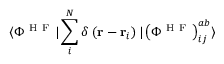
\langle \Phi ^ { \mathrm { ~ H ~ F ~ } } | \sum _ { i } ^ { N } \delta \left( \mathbf { r } - \mathbf { r } _ { i } \right) | \left( \Phi ^ { \mathrm { ~ H ~ F ~ } } \right) _ { i j } ^ { a b } \rangle